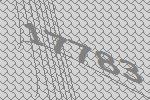
17783